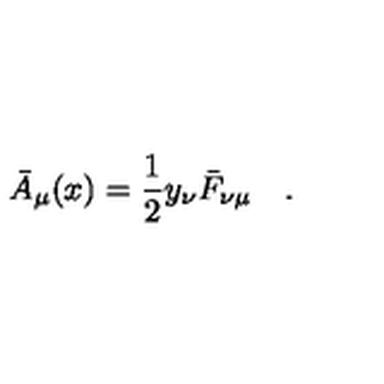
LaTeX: \bar { A } _ { \mu } ( x ) = { \frac { 1 } { 2 } } y _ { \nu } \bar { F } _ { \nu \mu } \quad . \,